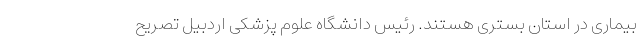
بیماری در استان بستری هستند. رئیس دانشگاه علوم پزشکی اردبیل تصریح